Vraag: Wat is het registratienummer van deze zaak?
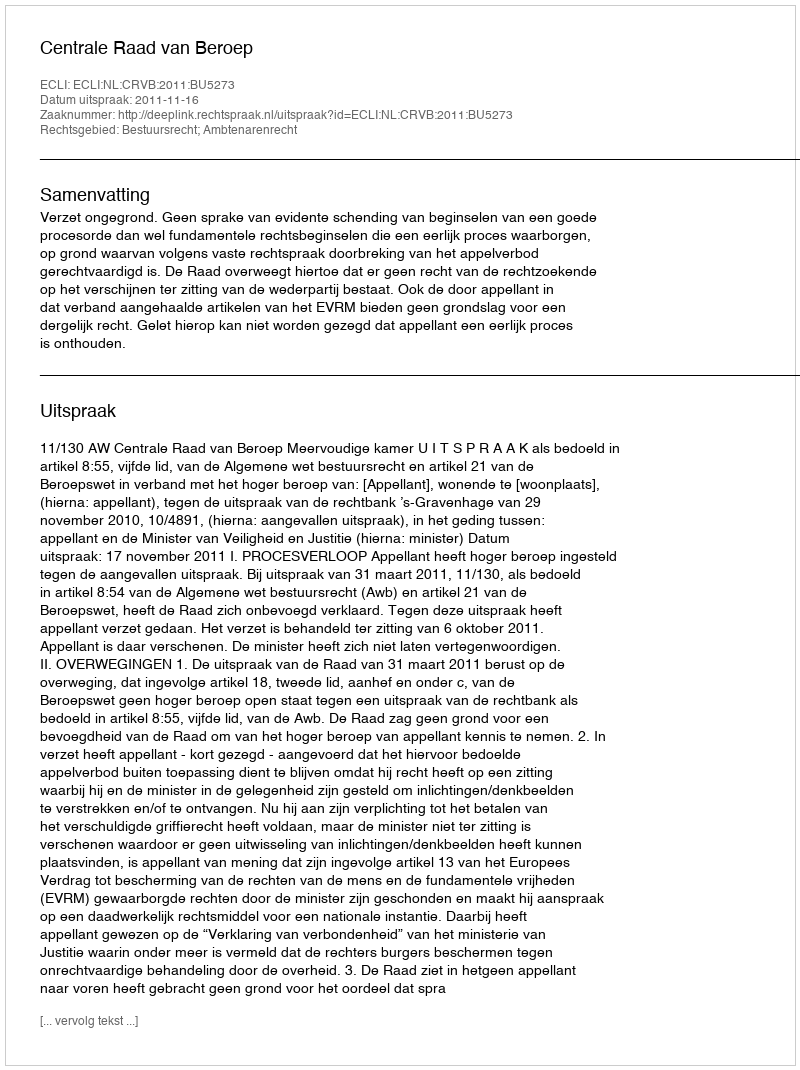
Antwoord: http://deeplink.rechtspraak.nl/uitspraak?id=ECLI:NL:CRVB:2011:BU5273